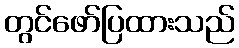
တွင်ဖော်ပြထားသည်